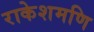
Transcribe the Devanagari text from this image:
राकेशमणि